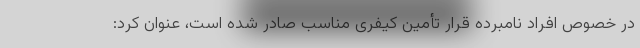
در خصوص افراد نامبرده قرار تأمین کیفری مناسب صادر شده است، عنوان کرد: